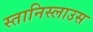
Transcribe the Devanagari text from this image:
स्तानिस्लाउस